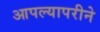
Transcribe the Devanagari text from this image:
आपल्यापरीने